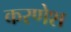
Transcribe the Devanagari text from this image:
करणेश